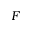
F